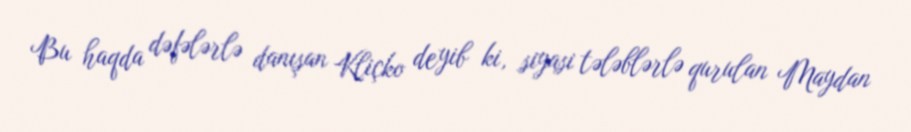
Bu haqda dəfələrlə danışan Kliçko deyib ki, siyasi tələblərlə qurulan Maydan